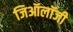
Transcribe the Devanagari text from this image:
जिऑलॉजी